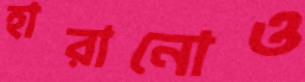
হারানোও